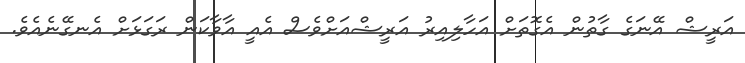
އަރީޝް އޭނަގެ ގާތުން އެގޮތަށް އަހާލިއިރު އަރީޝްއަށްވެސް އެއީ އާވާކަން ރަގަޅަށް އެނގޭނެއެވެ.